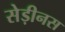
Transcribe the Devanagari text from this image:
सेड़ीनस